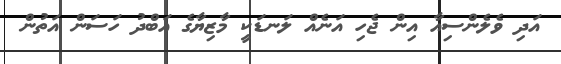
އަދި ވެލެންސިއާ އިން ޖެހި އަނެއް ލަނޑަކީ މާޒިޔާގެ އަބްދު ހަސަން އަތުން